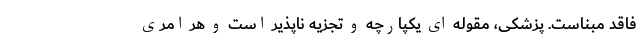
فاقد مبناست. پزشکی، مقوله ای یکپارچه و تجزیه ناپذیر است و هر امری